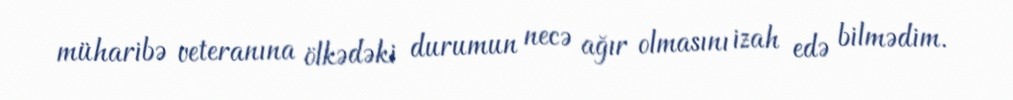
müharibə veteranına ölkədəki durumun necə ağır olmasını izah edə bilmədim.